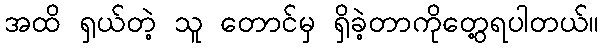
အထိ ရှယ်တဲ့ သူ တောင်မှ ရှိခဲ့တာကိုတွေ့ရပါတယ်။